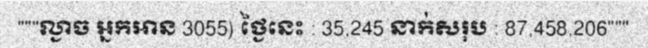
"""ល្ងាច អ្នកអាន 3055) ថ្ងៃនេះ : 35,245 នាក់សរុប : 87,458,206"""